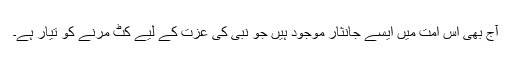
آج بھی اس امت میں ایسے جانثار موجود ہیں جو نبی کی عزت کے لیے کٹ مرنے کو تیار ہے۔